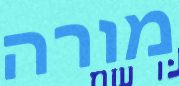
מורה